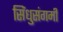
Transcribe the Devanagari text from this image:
सिंधुसंगमीं